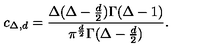
c _ { \Delta , d } = { \frac { \Delta ( \Delta - { \frac { d } { 2 } } ) \Gamma ( \Delta - 1 ) } { \pi ^ { \frac { d } { 2 } } \Gamma ( \Delta - { \frac { d } { 2 } } ) } } .